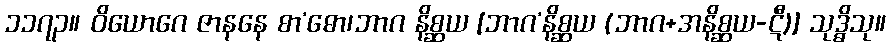
၁၁၇၃။ ဝိယောဂေ ဇာနနေ စာ’ဓော၊ဘာဂ နိစ္ဆယ [ဘာဂ’နိစ္ဆယ (ဘာဂ+အနိစ္ဆယ-ဋီ)] သုဒ္ဓိသု။